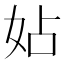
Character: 㚲